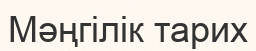
Мәңгілік тарих